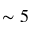
\sim 5